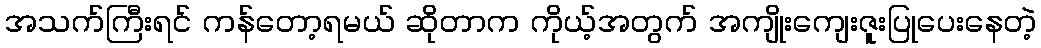
အသက်ကြီးရင် ကန်တော့ရမယ် ဆိုတာက ကိုယ့်အတွက် အကျိုးကျေးဇူးပြုပေးနေတဲ့